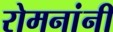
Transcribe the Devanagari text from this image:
रोमनांनीं